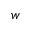
w